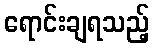
ရောင်းချရသည့်